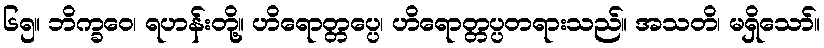
၆၅။ ဘိက္ခဝေ၊ ရဟန်းတို့။ ဟိရောတ္တပ္ပေ၊ ဟိရောတ္တပ္ပတရားသည်။ အသတိ၊ မရှိသော်။